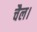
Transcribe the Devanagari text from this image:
चैल।